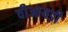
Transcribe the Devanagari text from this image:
वीआयडी